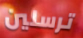
ترسلين